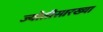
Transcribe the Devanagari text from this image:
ज्योतीसारख्या